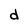
Character: d